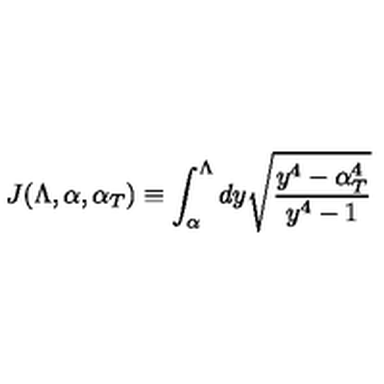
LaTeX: J ( \Lambda , \alpha , \alpha _ { T } ) \equiv \int _ { \alpha } ^ { \Lambda } d y \sqrt { \frac { y ^ { 4 } - \alpha _ { T } ^ { 4 } } { y ^ { 4 } - 1 } }